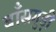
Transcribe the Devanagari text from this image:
बाँसगुड़ी